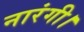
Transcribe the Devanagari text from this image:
नारंगी।